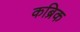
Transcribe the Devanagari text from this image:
कब्रिक